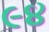
૯૪